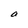
Character: a